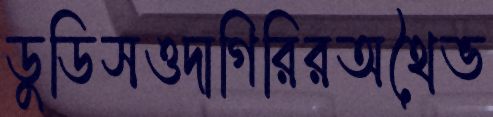
ডুডিসওদাগিরিরঅথৈভ